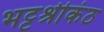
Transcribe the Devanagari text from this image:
भट्टश्रीकंठ